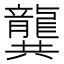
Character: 龔